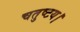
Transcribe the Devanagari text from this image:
चतुष्टय।